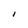
Character: I